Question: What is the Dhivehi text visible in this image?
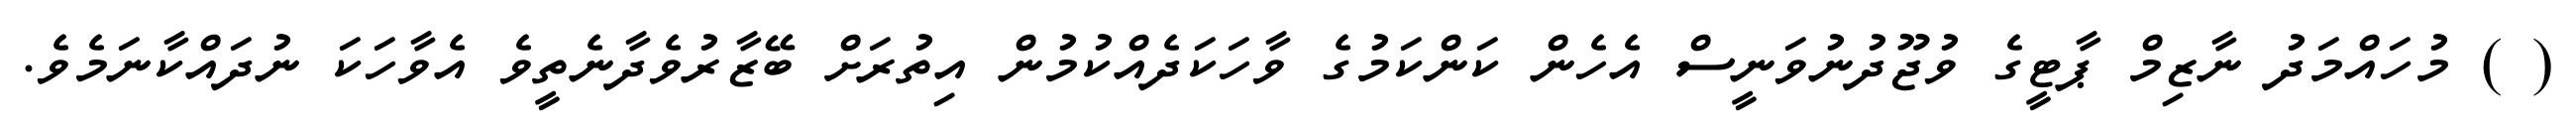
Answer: ( ) މުހައްމަދު ނާޒިމް ޕާޓީގެ ވުޖޫދުނުވަނީސް އެހެން ކަންކަމުގެ ވާހަކަދެއްކުމުން އިތުރަށް ބޭޒާރުވެދާނެތީވެ އެވާހަކަ ނުދައްކާނަމެވެ.